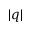
| q |